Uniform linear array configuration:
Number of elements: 8
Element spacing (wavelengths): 0.5
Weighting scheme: cosine
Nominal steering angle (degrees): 30
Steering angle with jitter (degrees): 30.195
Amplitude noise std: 0.05
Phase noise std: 0.05

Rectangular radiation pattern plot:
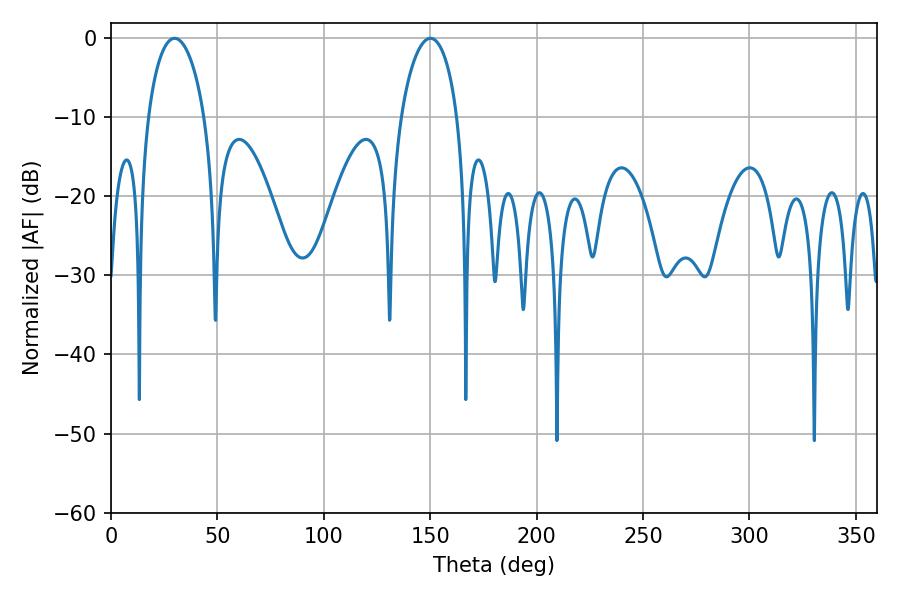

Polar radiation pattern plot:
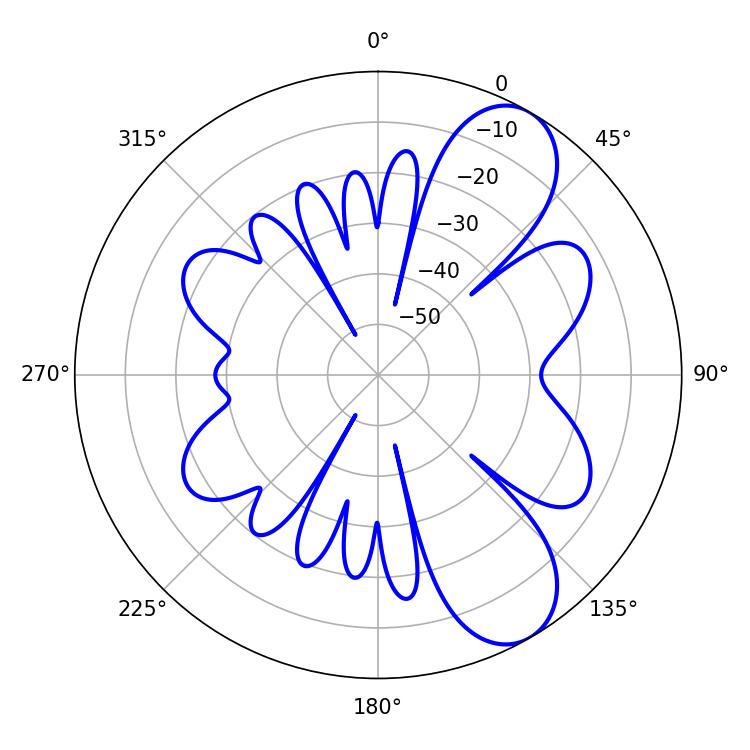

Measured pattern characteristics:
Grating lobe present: FALSE
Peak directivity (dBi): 8.407
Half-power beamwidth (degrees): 15.3
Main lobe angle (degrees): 29.88